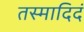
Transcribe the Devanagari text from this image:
तस्मादिदं